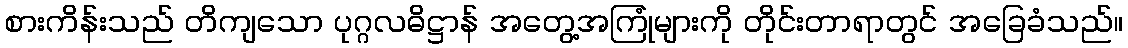
စားကိန်းသည် တိကျသော ပုဂ္ဂလဓိဋ္ဌာန် အတွေ့အကြုံများကို တိုင်းတာရာတွင် အခြေခံသည်။